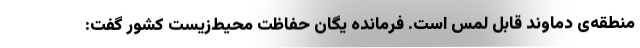
منطقه‌ی دماوند قابل لمس است. فرمانده یگان حفاظت محیط‌زیست کشور گفت: